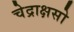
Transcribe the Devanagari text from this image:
चेद्राक्षसो